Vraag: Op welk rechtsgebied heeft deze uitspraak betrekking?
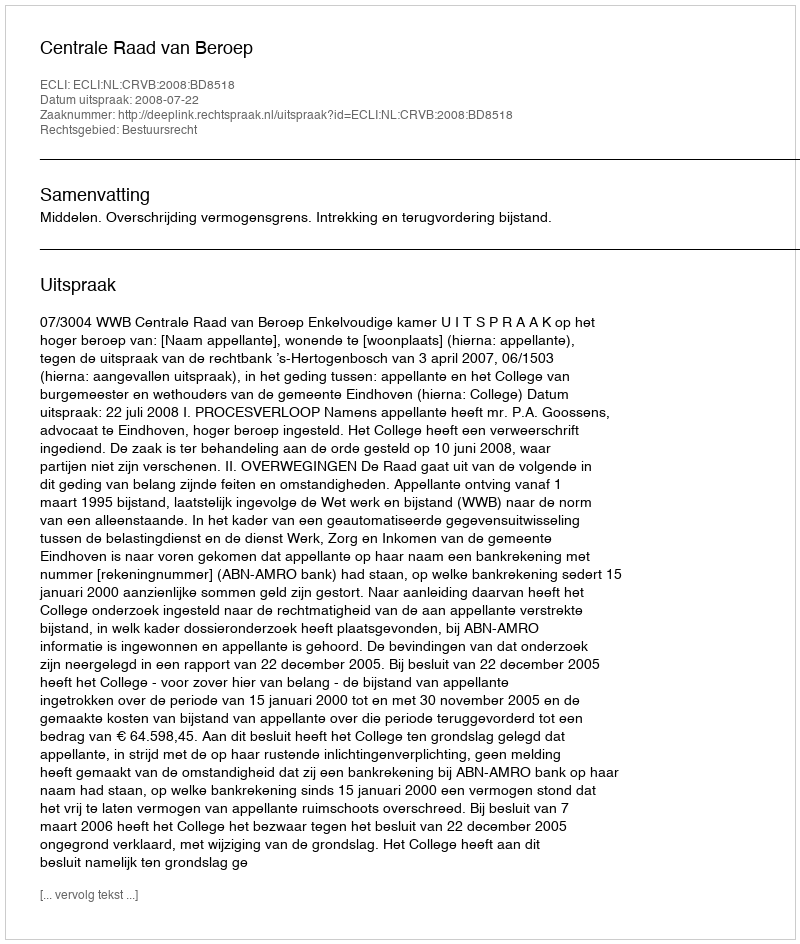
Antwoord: Bestuursrecht